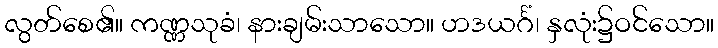
လွတ်စေ၏။ ကဏ္ဏသုခံ၊ နားချမ်းသာသော။ ဟဒယင်္ဂံ၊ နှလုံး၌ဝင်သော။